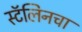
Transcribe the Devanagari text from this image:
स्टॅलिनचा